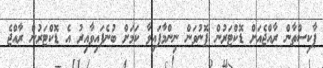
ޕާކިސްތާން ރާއްޖެއަށް ޑޮކްޓަރުން ފޮނުވަން ނިންމާފައިވާ ކަމަށް ބުނެފައިވާއިރު އެ ޑޮކްޓަރުން ރާއްޖެ